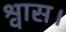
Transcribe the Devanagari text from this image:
श्वास।